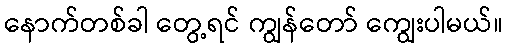
နောက်တစ်ခါ တွေ့ရင် ကျွန်တော် ကျွေးပါမယ်။